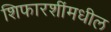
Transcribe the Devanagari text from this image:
शिफारशींमधील